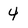
Character: 4